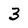
Character: 3